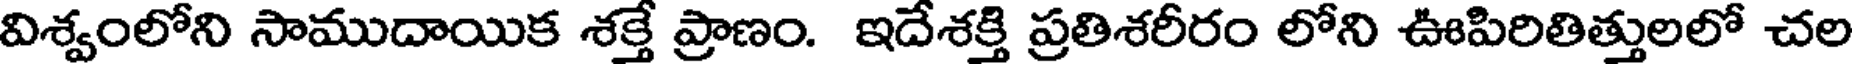
విశ్వంలోని సాముదాయిక శక్తే ప్రాణం. ఇదేశక్తి ప్రతిశరీరం లోని ఊపిరితిత్తులలో చల